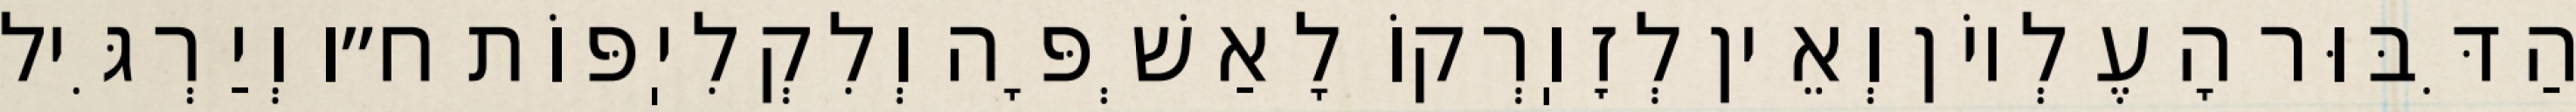
הַדִּבּוּר הָעֶלְיוֹן וְאֵין לְזׇוֽרְקוֹ לָאַשְׁפָּה וְלִקְלִיֽפּוֹת ח״ו וְיַרְגִּיל